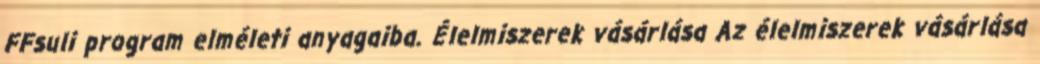
FFsuli program elméleti anyagaiba. Élelmiszerek vásárlása Az élelmiszerek vásárlása